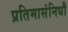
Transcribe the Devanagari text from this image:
प्रतिमासंनिधौ